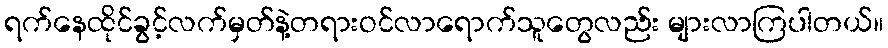
ရက်နေထိုင်ခွင့်လက်မှတ်နဲ့တရားဝင်လာရောက်သူတွေလည်း များလာကြပါတယ်။